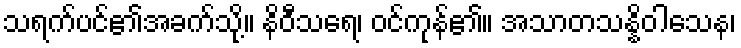
သရက်ပင်၏အခက်သို့။ နိဝီသရေ၊ ဝင်ကုန်၏။ အသာတသန္နိဝါသေန၊